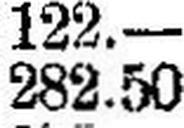
282.50